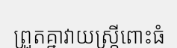
ព្រួតគ្នាវាយស្ត្រីពោះធំ